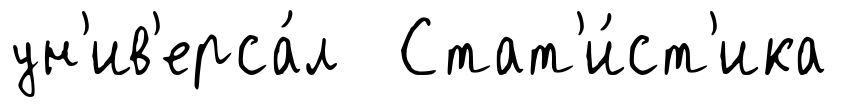
ун'ив'ерса́л Стат'и́ст'ика